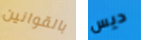
بالقوانين ديس